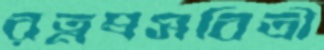
রত্নপ্রসবিত্রী